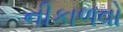
નીકાળવો